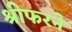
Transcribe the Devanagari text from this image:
श्रीफरने